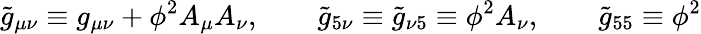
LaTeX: {\widetilde{g}}_{\mu\nu}\equiv g_{\mu\nu}+\phi^{2}A_{\mu}A_{\nu},\qquad{\widetilde{g}}_{5\nu}\equiv{\widetilde{g}}_{\nu 5}\equiv\phi^{2}A_{\nu},\qquad{\widetilde{g}}_{55}\equiv\phi^{2}